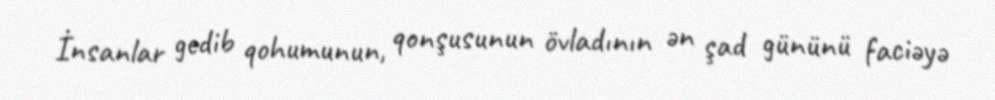
İnsanlar gedib qohumunun, qonşusunun övladının ən şad gününü faciəyə